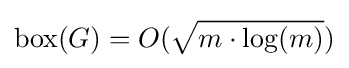
\operatorname {box} (G)=O({\sqrt {m\cdot \log(m)}})